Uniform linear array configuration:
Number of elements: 16
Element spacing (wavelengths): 1
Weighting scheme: hamming
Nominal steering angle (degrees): -60
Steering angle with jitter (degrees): -59.446
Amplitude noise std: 0.05
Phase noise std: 0.05

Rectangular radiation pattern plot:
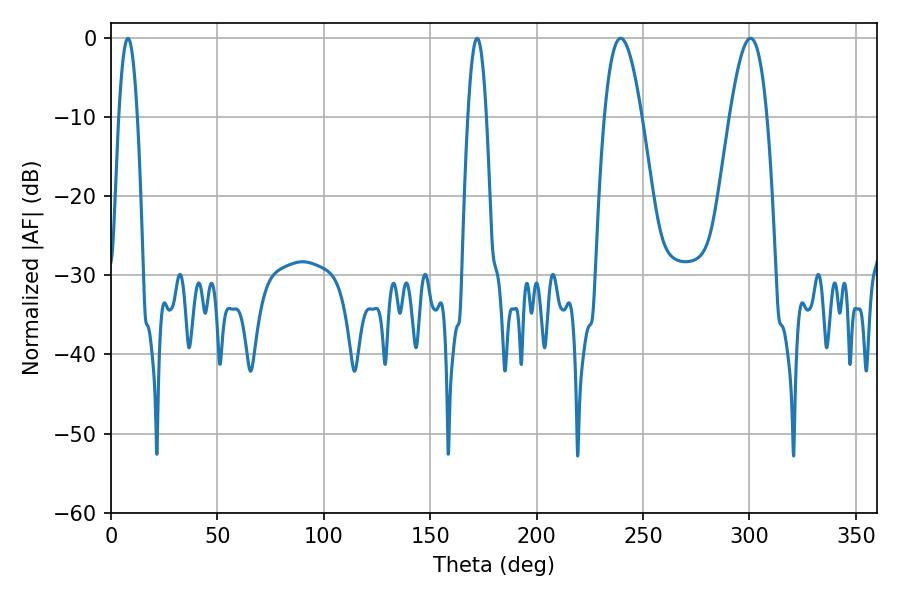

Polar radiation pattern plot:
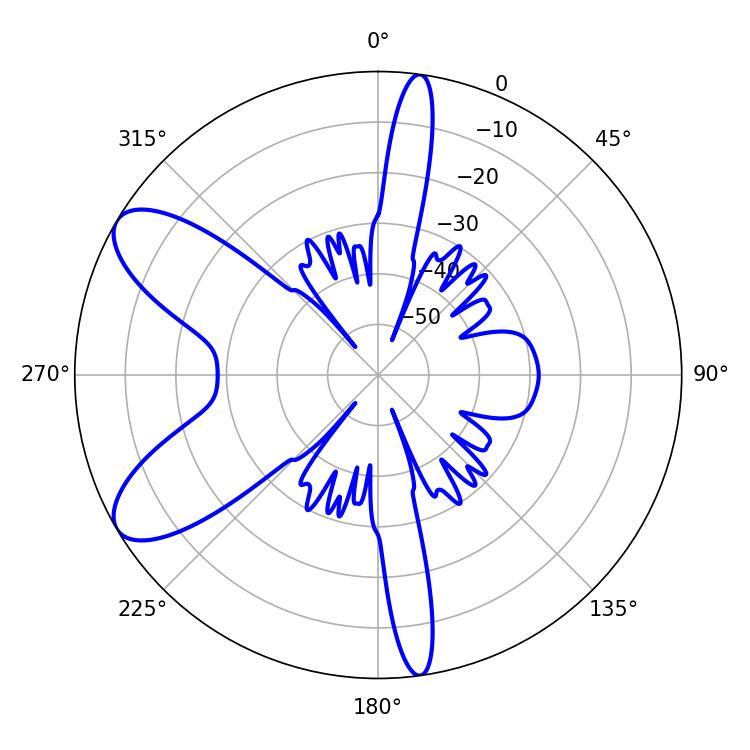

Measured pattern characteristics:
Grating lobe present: TRUE
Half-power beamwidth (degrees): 4.68
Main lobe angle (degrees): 7.92